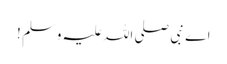
اے نبی صلی اللہ علیہ وسلم !